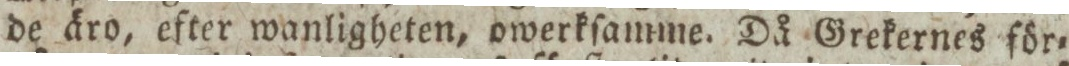
de äro, efter wanligheten, owerkſamme. Då Grekernes för=